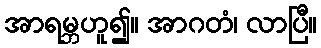
အာရမ္ဘဟူ၍။ အာဂတံ၊ လာပြီ။